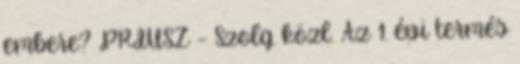
embere? PRIUSZ - Szolg. közl. Az 1. évi termés